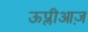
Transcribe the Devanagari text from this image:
ऊप्लीआज़